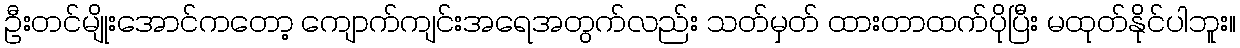
ဦးတင်မျိုးအောင်ကတော့ ကျောက်ကျင်းအရေအတွက်လည်း သတ်မှတ် ထားတာထက်ပိုပြီး မထုတ်နိုင်ပါဘူး။